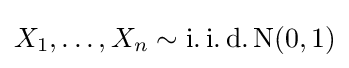
X_{1},\ldots ,X_{n}\sim \operatorname {i.i.d.N} (0,1)